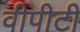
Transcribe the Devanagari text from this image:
वीपीटी